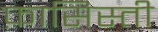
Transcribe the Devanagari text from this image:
फ़ासिस्ती